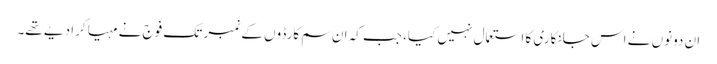
ان دونوں نے اس جانکاری کا استعمال نہیں کیا، جب کہ ان سم کارڈوں کے نمبر تک فوج نے مہیا کرا دیے تھے۔